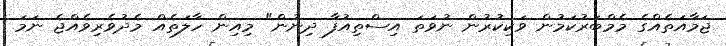
ޖަމާއަތެއްގެ މެމްބަރުކަމުން ވަކިކުރުން ނުވަތަ އިސްތިއުފާ ދިނުން" މިއިން ހާލަތެއް މެދުވެރިވެއްޖެ ނަމަ